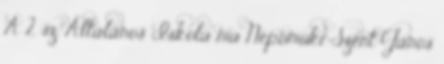
A 2. sz. Általános Iskola ma Nepomuki Szent János